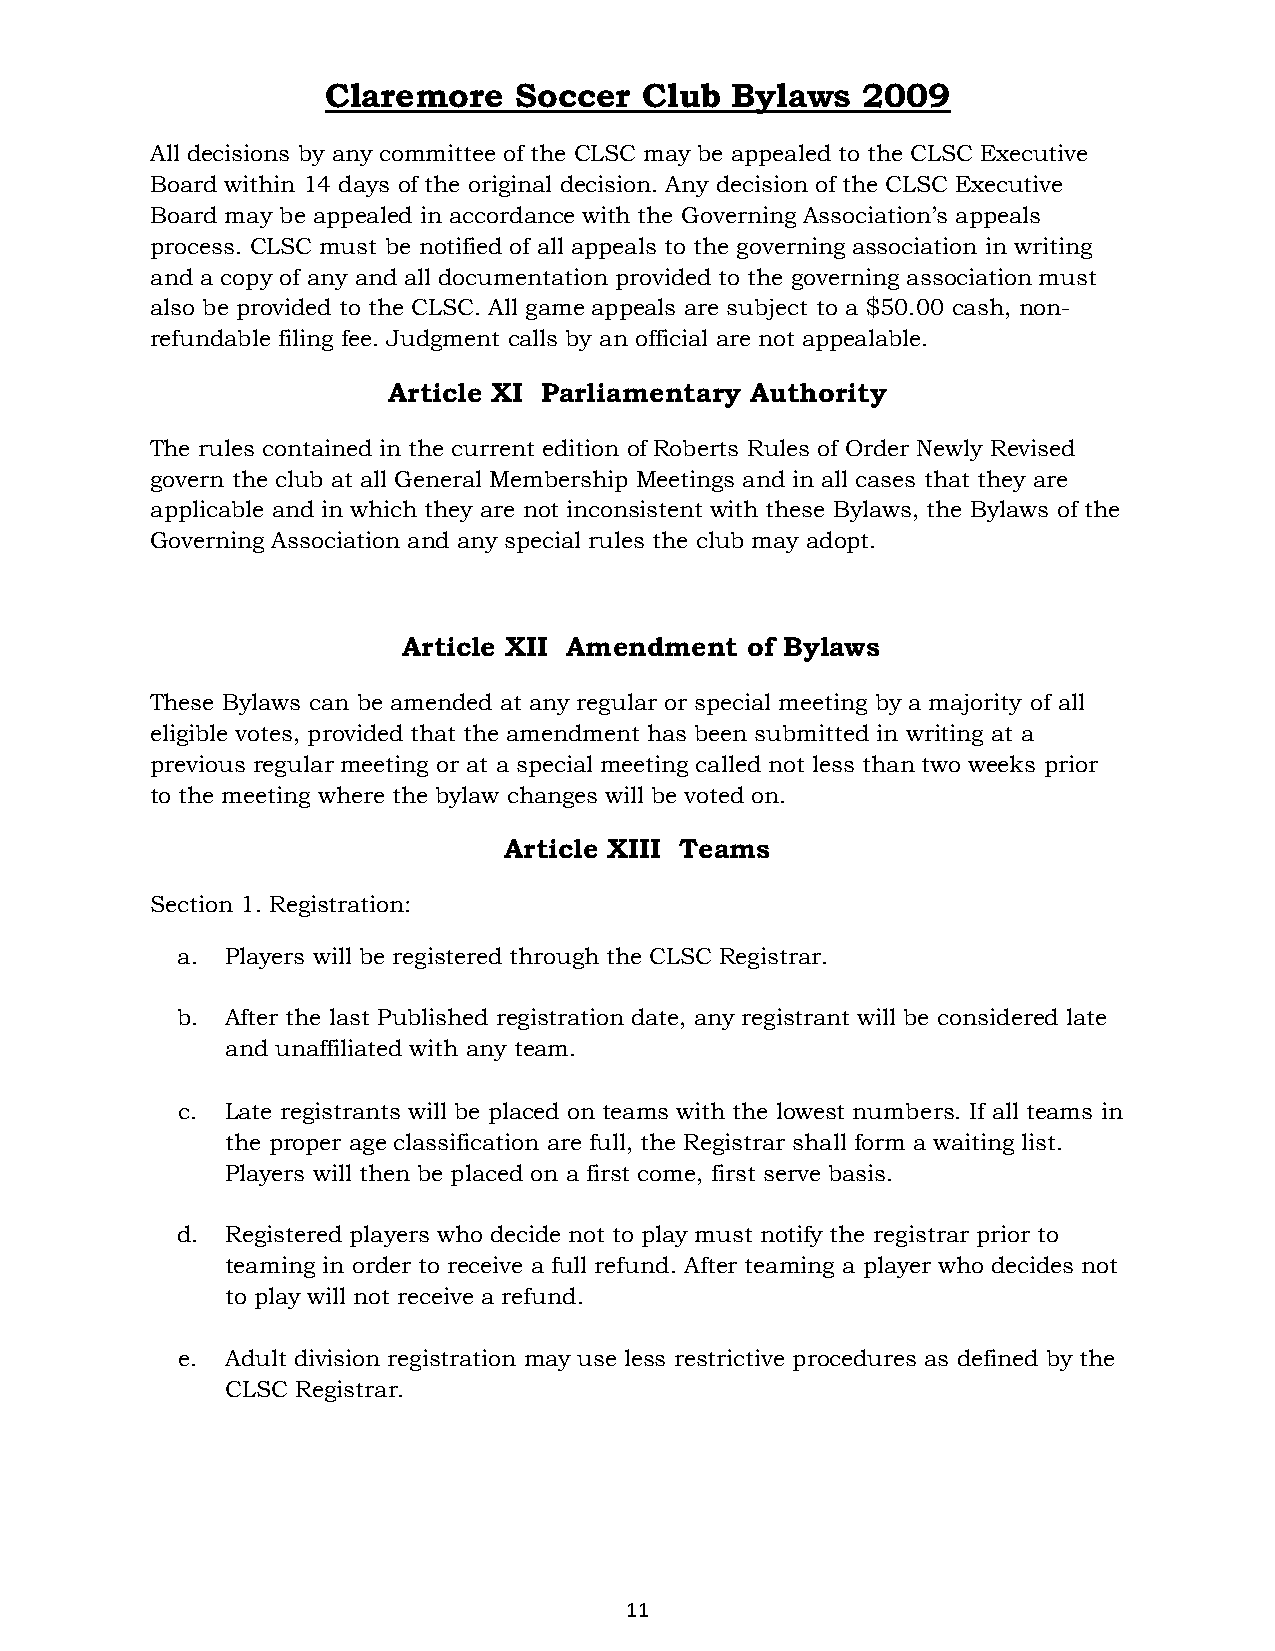
Claremore   Soccer   Club Bylaws   2009
 All decisions by any committee of the CLSC may be appealed to the CLSC Executive
 Board within 14 days of the original decision. Any decision of the CLSC Executive
 Board may be appealed in accordance with the Governing Association’s appeals
 process. CLSC must be notified of all appeals to the governing association in writing
 and a copy of any and all documentation provided to the governing association must
 also be provided to the CLSC. All game appeals are subject to a $50.00 cash, non-
 refundable filing fee. Judgment calls by an official are not appealable.
 Article XI Parliamentary Authority
 The rules contained in the current edition of Roberts Rules of Order Newly Revised
 govern the club at all General Membership Meetings and in all cases that they are
 applicable and in which they are not inconsistent with these Bylaws, the Bylaws of the
 Governing Association and any special rules the club may adopt.
 Article XII Amendment of Bylaws
 These Bylaws can be amended at any regular or special meeting by a majority of all
 eligible votes, provided that the amendment has been submitted in writing at a
 previous regular meeting or at a special meeting called not less than two weeks prior
 to the meeting where the bylaw changes will be voted on.
 Article XIII Teams
 Section 1. Registration:
 a. Players will be registered through the CLSC Registrar.
 b. After the last Published registration date, any registrant will be considered late
 and unaffiliated with any team.
 c. Late registrants will be placed on teams with the lowest numbers. If all teams in
 the proper age classification are full, the Registrar shall form a waiting list.
 Players will then be placed on a first come, first serve basis.
 d. Registered players who decide not to play must notify the registrar prior to
 teaming in order to receive a full refund. After teaming a player who decides not
 to play will not receive a refund.
 e. Adult division registration may use less restrictive procedures as defined by the
 CLSC Registrar.
 11